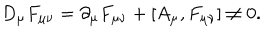
D _ { \mu } F _ { \mu \nu } = \partial _ { \mu } F _ { \mu \nu } + [ A _ { \mu } , F _ { \mu \nu } ] \neq 0 .